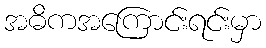
အဓိကအကြောင်းရင်းမှာ